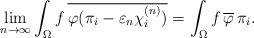
LaTeX: \begin{align*}\lim_{n \to \infty} \int_\Omega f \, \overline{\varphi(\pi_i - \varepsilon_n \chi^{(n)}_i)}= \int_\Omega f \, \overline \varphi \, \pi_i. \end{align*}